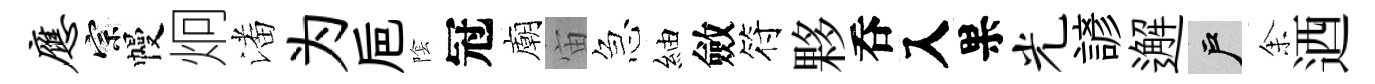
应宗幔炯潘为巵隂冠廟宙急紬斂符夥呑入果光諺邂户𪜬迺